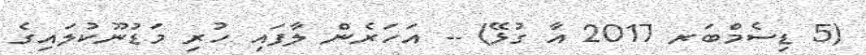
(5 ޑިސެމްބަރ 2017 އާ ގުޅޭ) -- އަހަރެން ލާފައި ހުރި މަޑުނޫކުލައިގެ